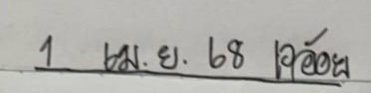
1 เม.ย. 68 เจอ้อย